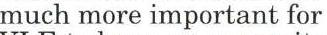
much more important for